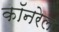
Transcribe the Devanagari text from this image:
कॉनरेल